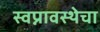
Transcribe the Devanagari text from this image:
स्वप्नावस्थेचा